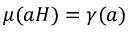
\mu ( a H ) = \gamma ( a )